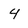
Character: 4